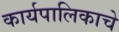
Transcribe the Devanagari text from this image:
कार्यपालिकाचे